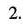
2.